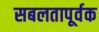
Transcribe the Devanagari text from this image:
सबलतापूर्वक